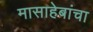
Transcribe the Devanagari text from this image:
मासाहेबांचा